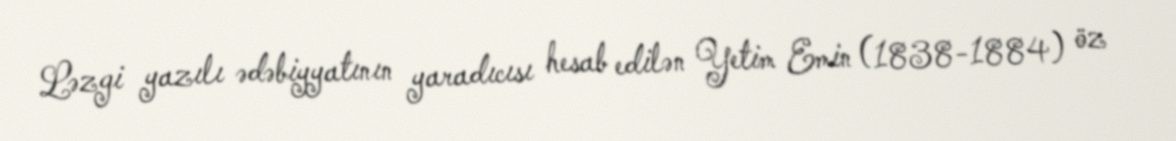
Ləzgi yazılı ədəbiyyatının yaradıcısı hesab edilən Yetim Emin (1838-1884) öz